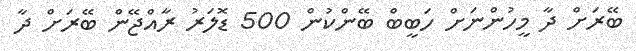
ބޭރަށް ދާ މީހުންނަށް ހަބީބް ބޭންކުން 500 ޑޮލަރު ރާއްޖޭން ބޭރަށް ދާ